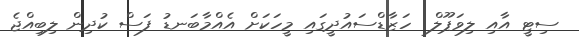
ސިޓީ އާއި ލިވަޕޫލް  ހަޒާޑްސައުދީގައި މީހަކަށް އެއްމާބަނޑު ފަސް ކުދިން ލިބިއްޖެ